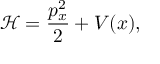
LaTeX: \mathcal { H } = \frac { p _ { x } ^ { 2 } } { 2 } + V ( x ) ,